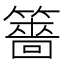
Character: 䉢